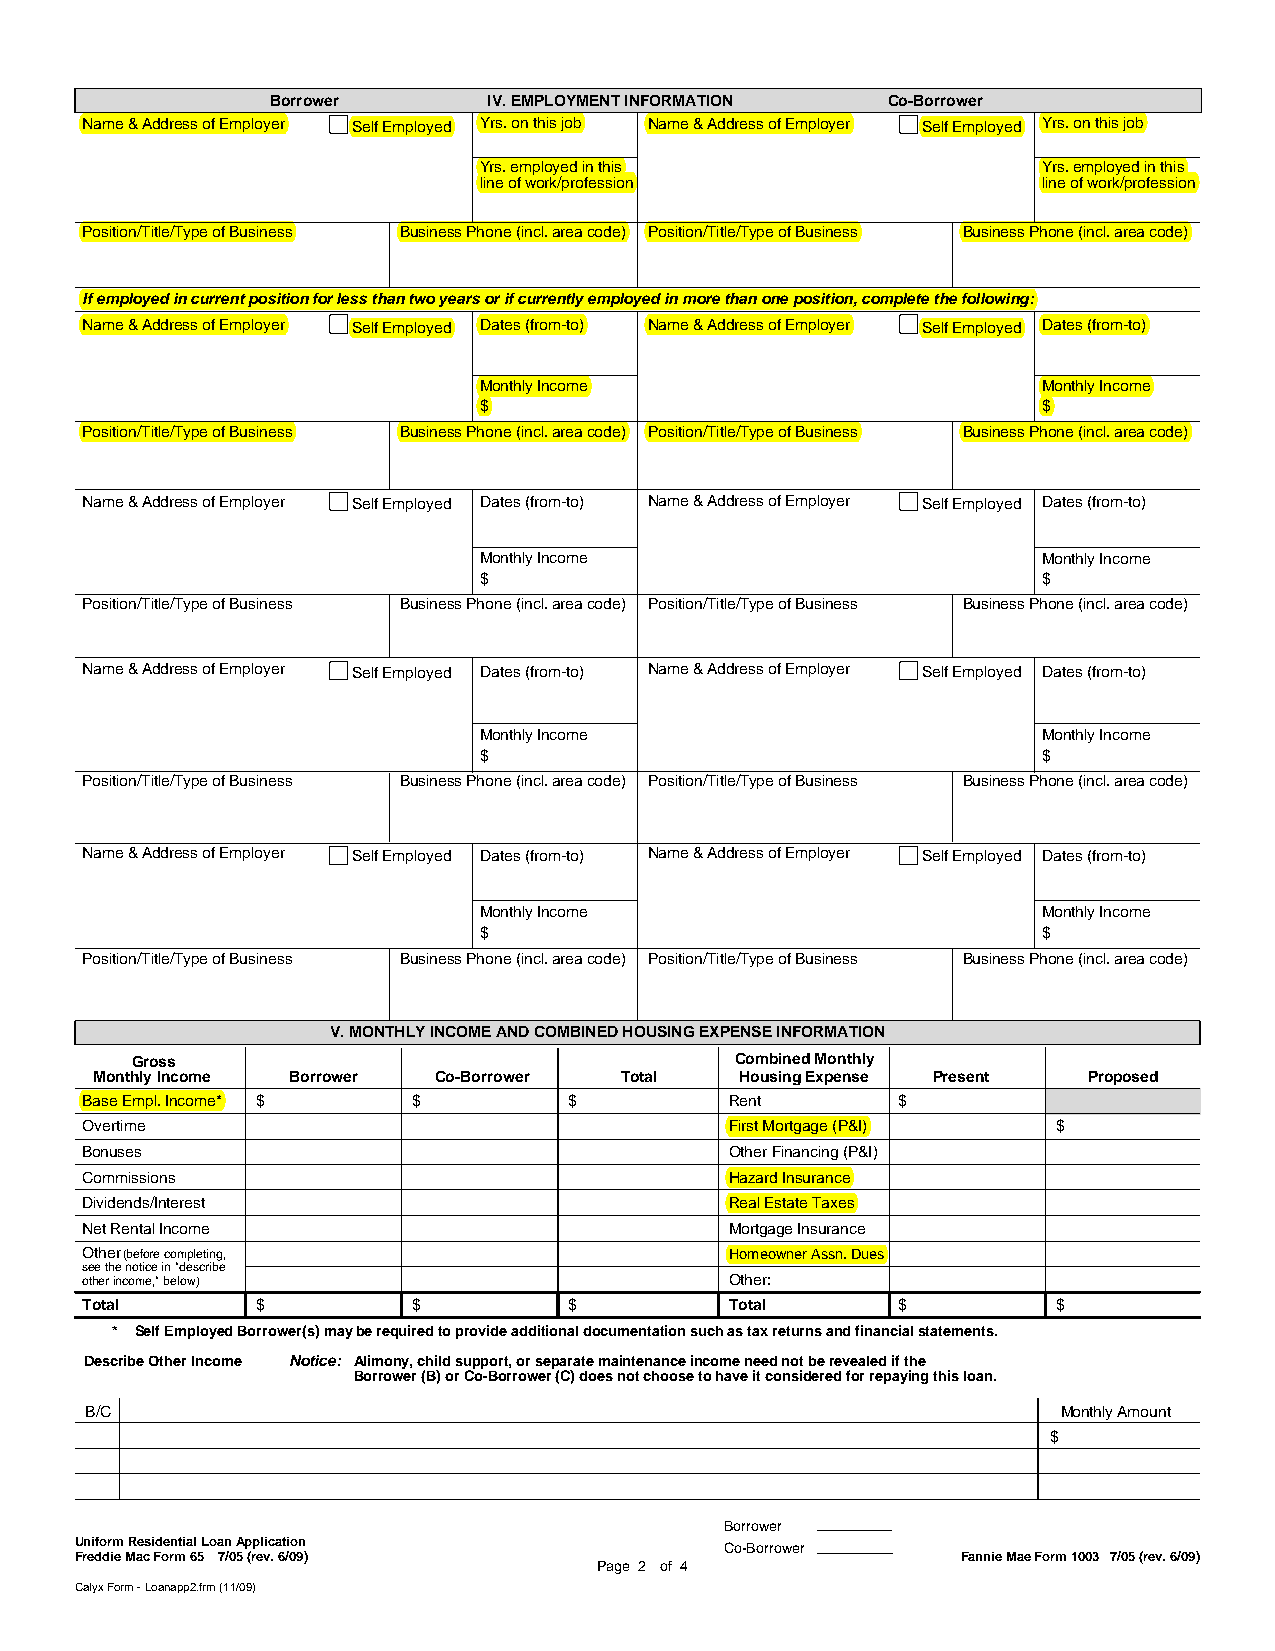
Borrower      IV. EMPLOYMENT INFORMATION Co-Borrower
 Name & Address of Employer Self Employed Yrs. on this job Name & Address of Employer Self Employed Yrs. on this job
 Yrs. employed in this                Yrs. employed in this
 line of work/profession              line of work/profession
 Position/Title/Type of Business Business Phone (incl. area code) Position/Title/Type of Business Business Phone (incl. area code)
 If employed in current position for less than two years or if currently employed in more than one position, complete the following:
 Name & Address of Employer Self Employed Dates (from-to) Name & Address of Employer Self Employed Dates (from-to)
 Monthly Income                       Monthly Income
 $                                    $
 Position/Title/Type of Business Business Phone (incl. area code) Position/Title/Type of Business Business Phone (incl. area code)
 Name & Address of Employer Self Employed Dates (from-to) Name & Address of Employer Self Employed Dates (from-to)
 Monthly Income                       Monthly Income
 $                                    $
 Position/Title/Type of Business Business Phone (incl. area code) Position/Title/Type of Business Business Phone (incl. area code)
 Name & Address of Employer Self Employed Dates (from-to) Name & Address of Employer Self Employed Dates (from-to)
 Monthly Income                       Monthly Income
 $                                    $
 Position/Title/Type of Business Business Phone (incl. area code) Position/Title/Type of Business Business Phone (incl. area code)
 Name & Address of Employer Self Employed Dates (from-to) Name & Address of Employer Self Employed Dates (from-to)
 Monthly Income                       Monthly Income
 $                                    $
 Position/Title/Type of Business Business Phone (incl. area code) Position/Title/Type of Business Business Phone (incl. area code)
 V. MONTHLY INCOME AND COMBINED HOUSING EXPENSE INFORMATION
 Gross                                   Combined Monthly
 Monthly Income Borrower Co-Borrower Total  Housing Expense Present Proposed
 Base Empl. Income* $  $          $         Rent       $
 Overtime                                   First Mortgage (P&I)  $
 Bonuses                                    Other Financing (P&I)
 Commissions                                Hazard Insurance
 Dividends/Interest                         Real Estate Taxes
 Net Rental Income                          Mortgage Insurance
 Other(before completing,                   Homeowner Assn. Dues
 see the notice in "describe
 other income," below)                      Other:
 Total       $         $          $         Total      $          $
 * Self Employed Borrower(s) maybe required to provide additional documentation such as tax returns and financial statements.
 Describe Other Income Notice: Alimony, child support, or separate maintenance income need not be revealed if the
 Borrower (B) or Co-Borrower (C) does not choose to have it considered for repaying this loan.
 B/C                                                             Monthly Amount
 $
 Borrower
 Uniform Residential Loan Application
 Co-Borrower
 Freddie Mac Form 65 7/05 (rev. 6/09)                       Fannie Mae Form 1003 7/05 (rev. 6/09)
 Page 2 of 4
 Calyx Form - Loanapp2.frm (11/09)